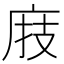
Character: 庪